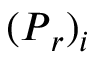
( \boldsymbol { P } _ { r } ) _ { i }